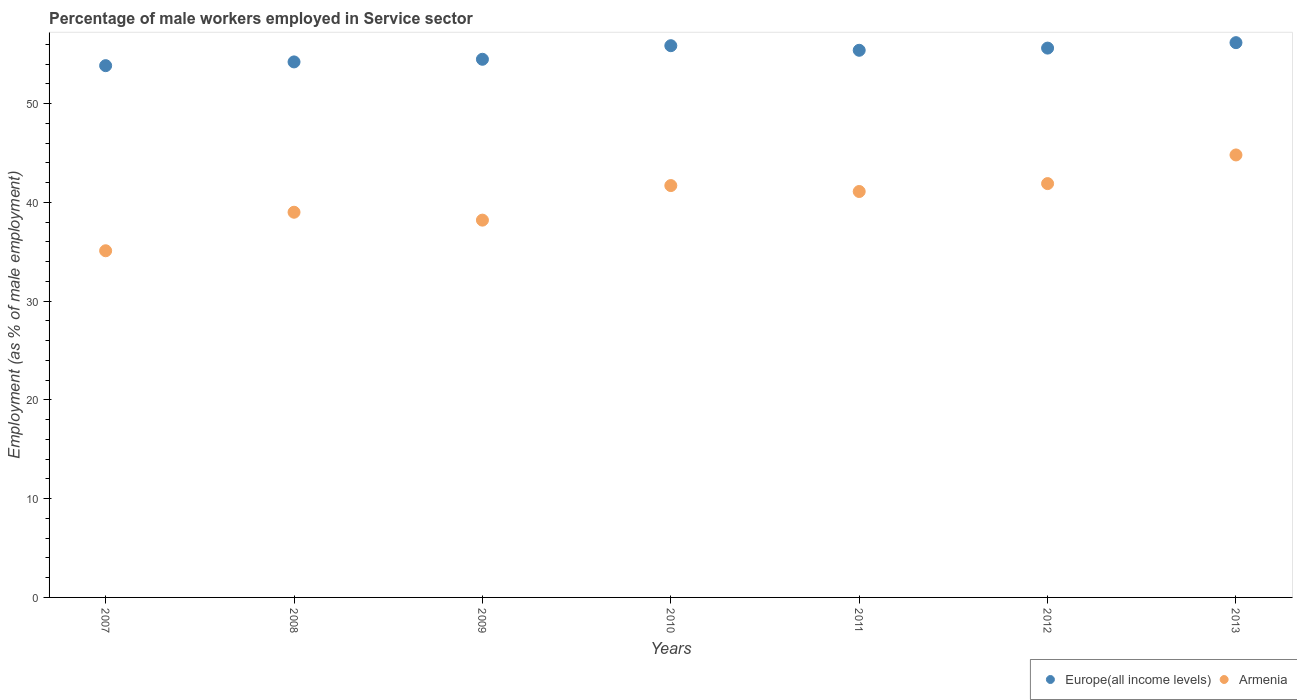
| Years | Europe(all income levels) | Armenia |
 | --- | --- | --- |
 | 2007 | 53.8 | 35.1 |
 | 2008 | 54.2 | 39 |
 | 2009 | 54.5 | 38.2 |
 | 2010 | 55.9 | 41.7 |
 | 2011 | 55.4 | 41.1 |
 | 2012 | 55.6 | 41.9 |
 | 2013 | 56.2 | 44.8 |